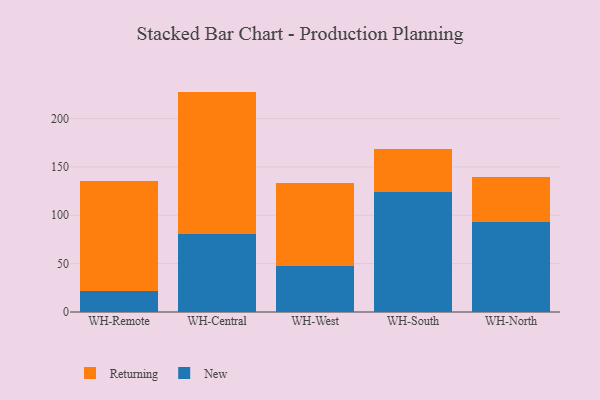
{"axis": {"x": "Warehouse", "y": "Shipments"}, "legend": ["New", "Returning"], "data": [{"x": "WH-Remote", "y": 21.9, "type": "New"}, {"x": "WH-Remote", "y": 113.8, "type": "Returning"}, {"x": "WH-Central", "y": 80.5, "type": "New"}, {"x": "WH-Central", "y": 147.4, "type": "Returning"}, {"x": "WH-West", "y": 47.9, "type": "New"}, {"x": "WH-West", "y": 86.0, "type": "Returning"}, {"x": "WH-South", "y": 123.9, "type": "New"}, {"x": "WH-South", "y": 44.4, "type": "Returning"}, {"x": "WH-North", "y": 93.1, "type": "New"}, {"x": "WH-North", "y": 46.0, "type": "Returning"}]}